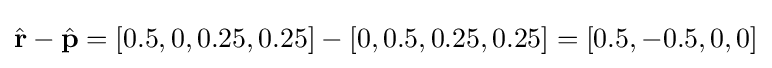
{\hat {\mathbf {r} }}-{\hat {\mathbf {p} }}=[0.5,0,0.25,0.25]-[0,0.5,0.25,0.25]=[0.5,-0.5,0,0]